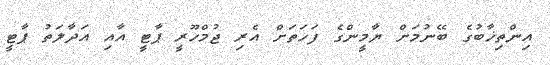
އިންތިޚާބުގެ ބޭނުމަށް ޔާމީންގެ ފަހަތަށް އެރި ޖުމްހޫރީ ޕާޓީ އާއި އަދާލަތު ޕާޓީ